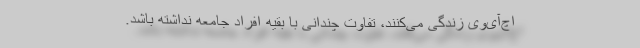
اچ‌آی‌وی زندگی می‌کنند، تفاوت چندانی با بقیه افراد جامعه نداشته باشد.